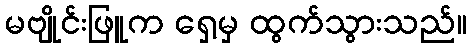
မဗျိုင်းဖြူက ရှေ့မှ ထွက်သွားသည်။